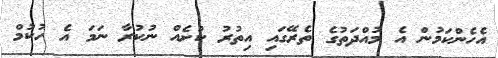
އެހެންކަމުން އެ މުއްދަތުގެ ތެރޭގައި އިތުރު ކުށެއް ނުކުރާ ނަމަ އެ ހުކުމް